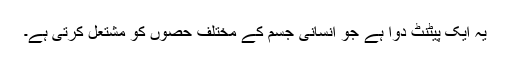
یہ ایک پیٹنٹ دوا ہے جو انسانی جسم کے مختلف حصوں کو مشتعل کرتی ہے۔